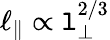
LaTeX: \ell_{\parallel}\propto\mathtt{l}_{\perp}^{2/3}